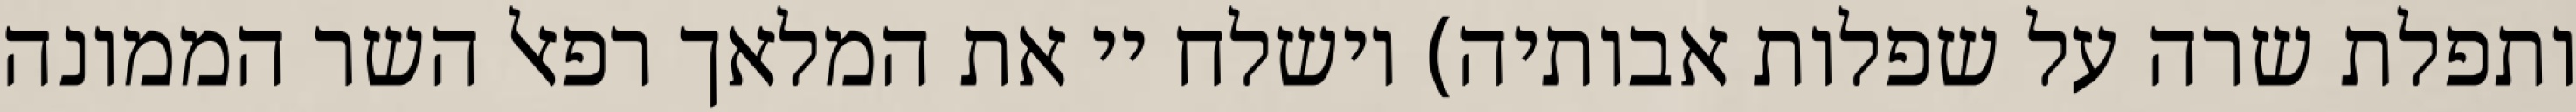
ותפלת שרה על שפלות אבותיה) וישלח יי את המלאך רפאל השר הממונה